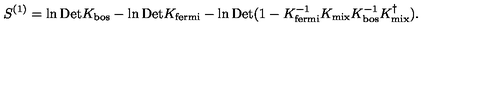
S ^ { ( 1 ) } = \ln \mathrm { D e t } K _ { \mathrm { \scriptsize b o s } } - \ln \mathrm { D e t } K _ { \mathrm { \scriptsize f e r m i } } - \ln \mathrm { D e t } ( 1 - K _ { \mathrm { \scriptsize f e r m i } } ^ { - 1 } K _ { \mathrm { \scriptsize m i x } } K _ { \mathrm { \scriptsize b o s } } ^ { - 1 } K _ { \mathrm { \scriptsize m i x } } ^ { \dagger } ) .